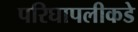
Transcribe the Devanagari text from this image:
परिघापलीकडे